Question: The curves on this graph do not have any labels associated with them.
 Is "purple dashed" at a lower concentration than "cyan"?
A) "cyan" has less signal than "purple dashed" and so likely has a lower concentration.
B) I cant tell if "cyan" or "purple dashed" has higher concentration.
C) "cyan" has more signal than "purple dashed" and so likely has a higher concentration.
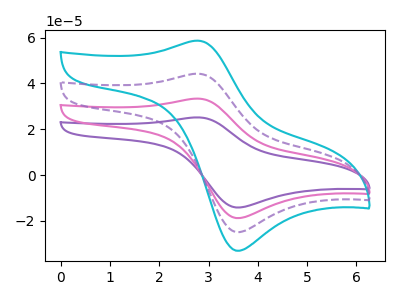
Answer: <think>The purple curve "purple" has an anodic peak at (2.75V, 132.70uA) and a cathodic peak at (3.55V, -74.75uA). The pink curve "pink" has an anodic peak at (2.75V, 88.45uA) and a cathodic peak at (3.55V, -49.85uA). The cyan curve "cyan" has an anodic peak at (2.75V, 58.65uA) and a cathodic peak at (3.55V, -33.05uA). The purple dashed curve "purple dashed" has an anodic peak at (2.75V, 44.25uA) and a cathodic peak at (3.55V, -24.90uA).
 All the peaks in "cyan" have a peak in "purple dashed" at the same potential. Every peak in "cyan" is higher than every peak in "purple dashed".</think>
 <answer>C) "cyan" has more signal than "purple dashed" and so likely has a higher concentration.</answer>
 <eval>C</eval>